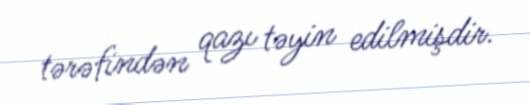
tərəfindən qazı təyin edilmişdir.